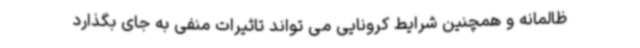
ظالمانه و همچنین شرایط کرونایی می تواند تاثیرات منفی به جای بگذارد